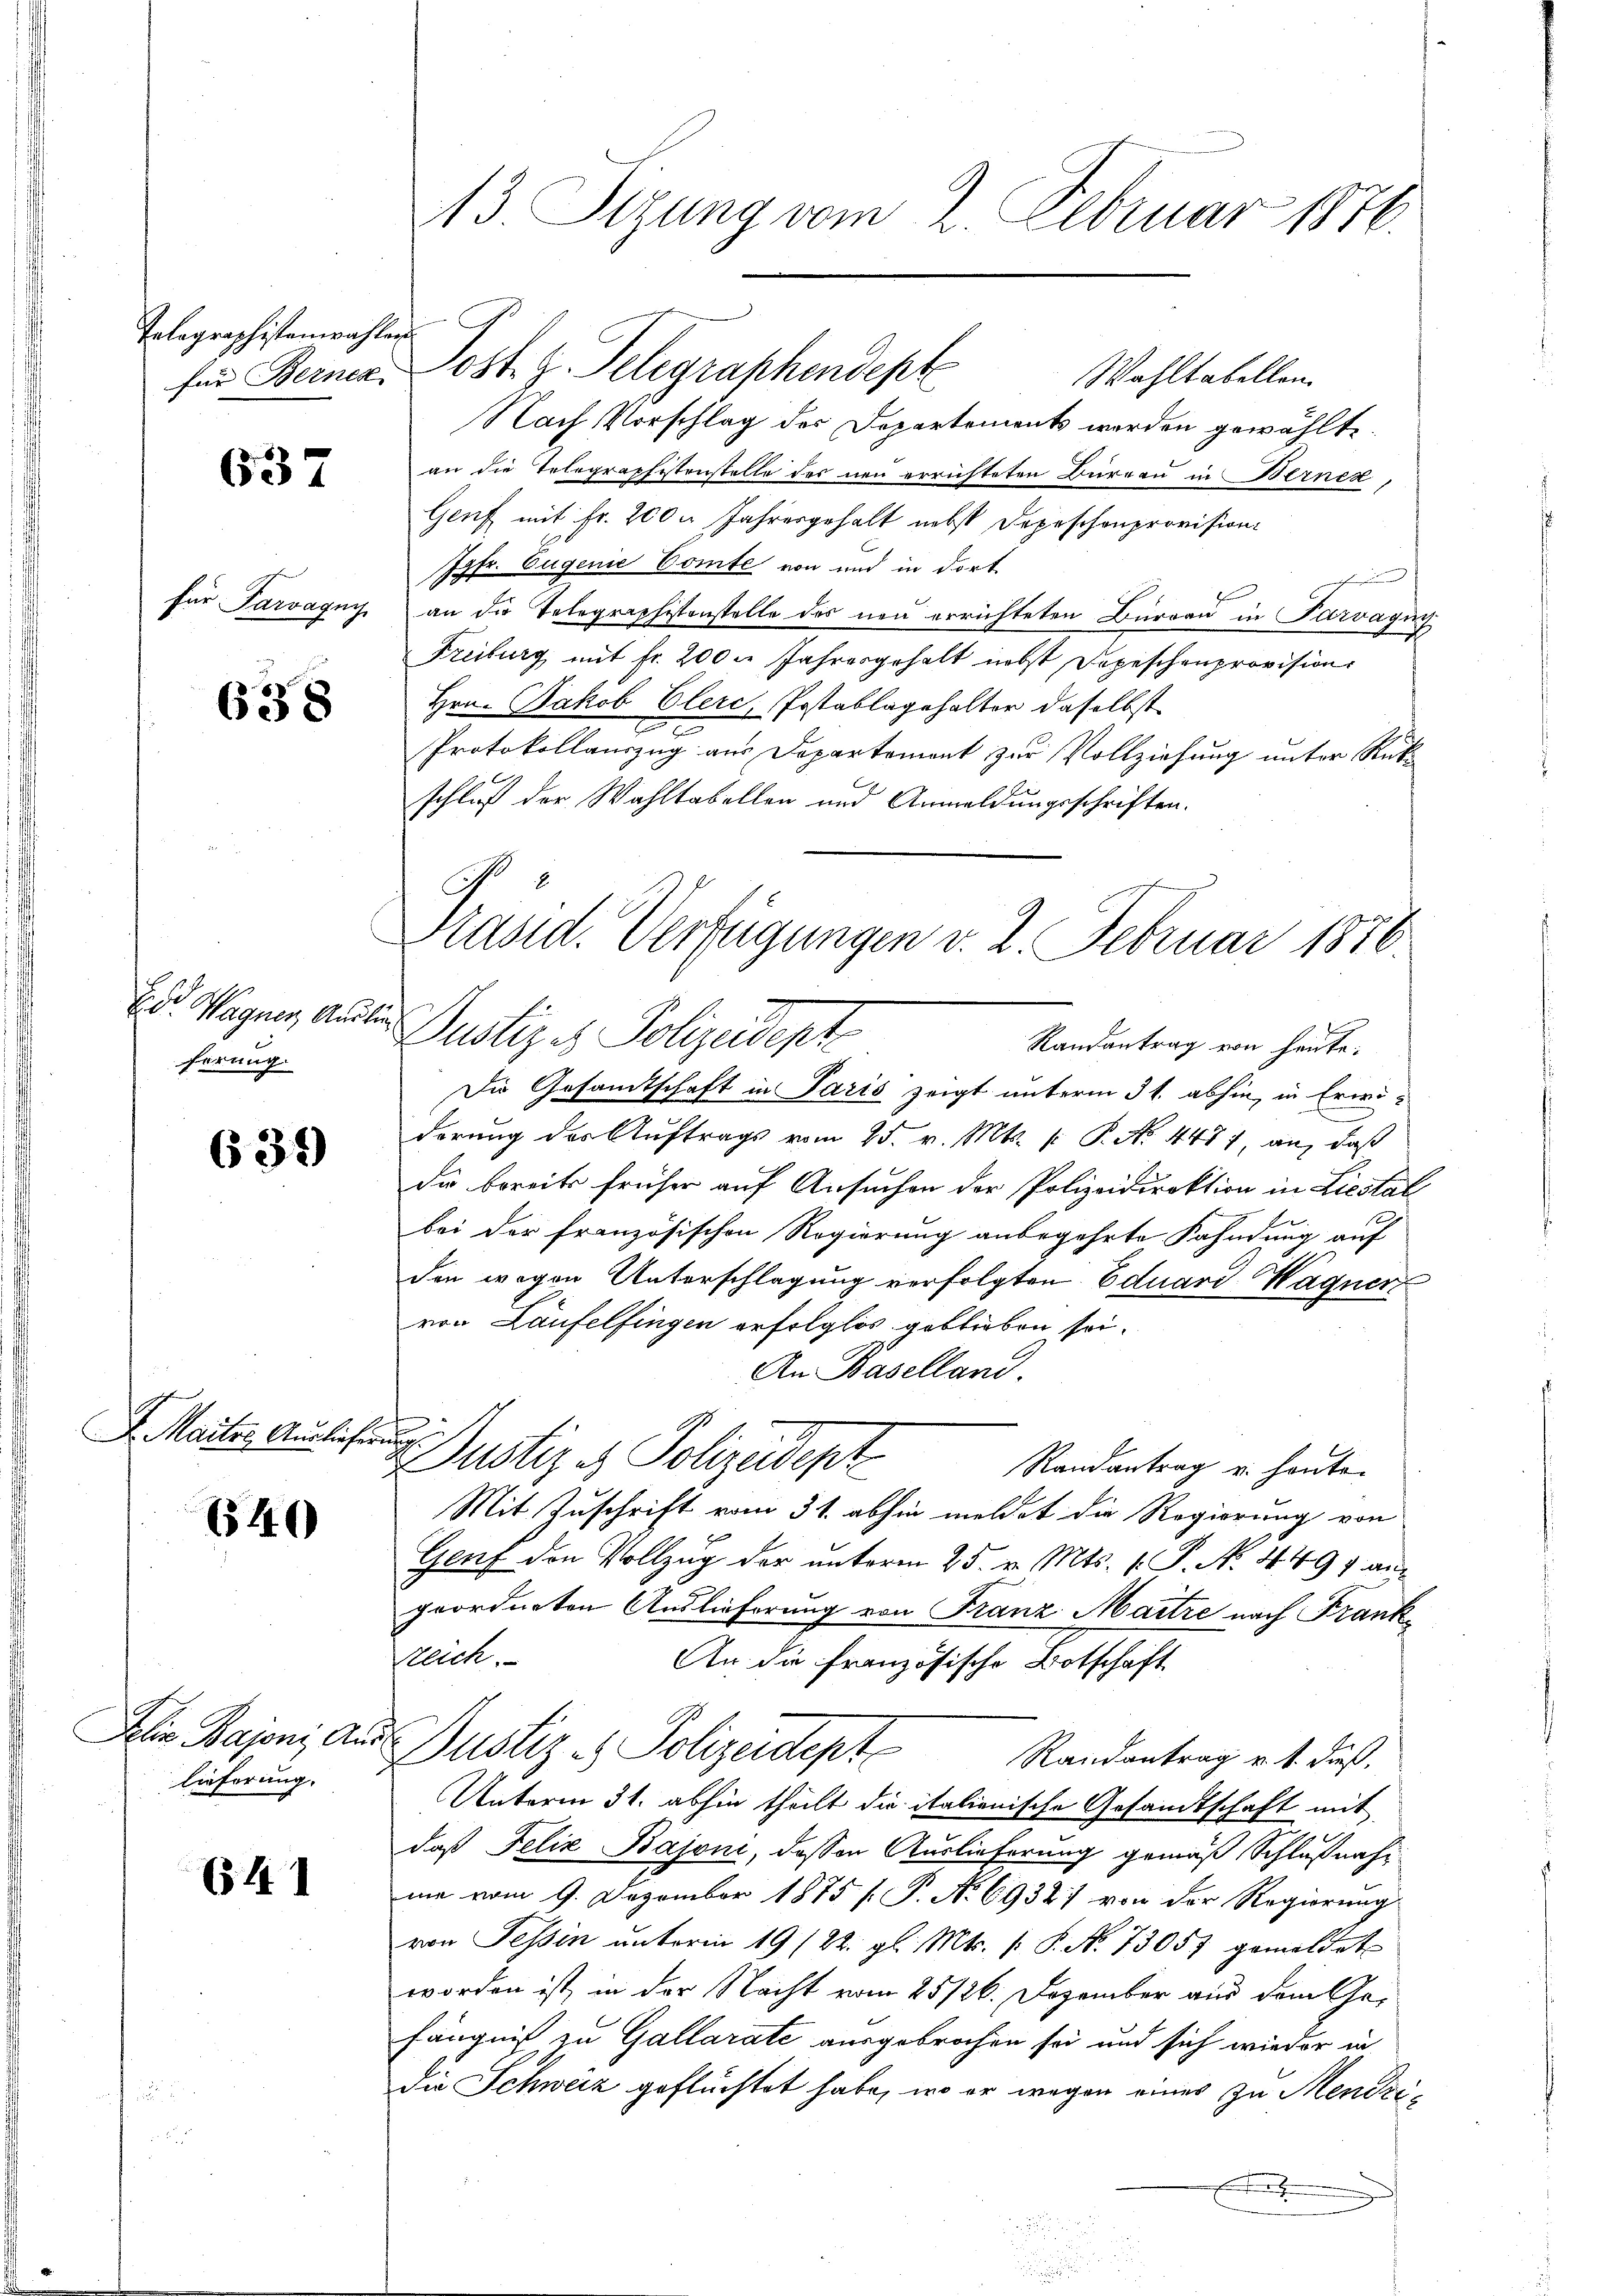
Telegraphistenwahlen

637

638

hörung

639

F. Maiter Auslieferung.

6540

lieferung.

614

13. Sizung vom 2. Februar 1876.

Wahltabellen.
Nach Vorschlag des Departements werden gewählte.
an die Telegraphistenstelle des neu errichteten Burgau in Berner
Genf mit Fr. 200 u Jahresgehalt nebst Depeschon provision
Jgfr. Eugenie Comte von und in dort
für Parvagny an die Telegraphistenstelle des neu errichteten Büreau in Parvagny
Freiburg mit fr. 200 l. Jahresgehalt nebst Depeschenprovision
Hrn. Jakob Elerc, Postablagehalter daselbst
Protokollauszug aus Departement zur Vollziehung unter Rükschluß der Wahltabellen und Anmeldungsschriften.
Die Gesamtschaft in Paris zeigt unterm 31. abhin, in Erwiderung des Auftrags vom 25. v. Mts. k. P. No. 4477, an, daß
die bereits früher auf Ansuchen der Polizeidirektion in Liestal
bei der französischen Regierung anbegehrte Fahndung auf
den wegen Unterschlagung verfolgten Eduard Wagner
von Laufelfingen erfolglos geblieben sei¬
An Baselland.
Justiz & Polizeidept
Randantrag u. heute.
Mit Zuschrift vom 31. abhin meldet die Regierung von
Genf den Vollzug der unterm 25. v. Mts. 1. P. N. 4497 an
geordneten Auslieferung von Franz Maitre nach Frankkreich.
An die französische Botschaft
Die Bajoni, aus Justiz - Polizeidept
Randantrag v. 1. dieß,
Unterm 31. abhin theilt die italienische Gesandtschaft mit
daß Felix Bajoni, dessen Auslieferung gemäß Schlußnahme vom 9. Dezember 1875 [ P. No 6932) von der Regierung
von Tessin unterm 19/22. gl. Mts. (: P. N. 73057 gemeldet
worden ist, in der Nacht vom 25/26. Dezember aus dem Gefängniß zu Gallarate ausgebrochen sei und sich wieder in
die Schweiz geflüchtet habe, wo er wegen eines zu Menzi¬
E

Präsid. Verfügungen v. 2. Februar 1876
E. Weigen, anden Justiz es Polizeident
Randantrag von heute:

für Bernen. Post. z. Telegraphendepte